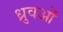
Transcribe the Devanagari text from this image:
ध्रुवओं